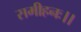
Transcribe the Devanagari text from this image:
समीहनः।।